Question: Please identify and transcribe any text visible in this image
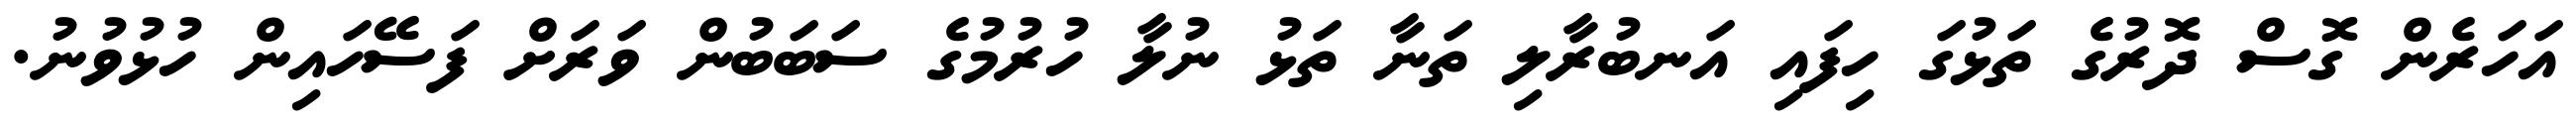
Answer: އަހަރެން ގޮސް ދޮރުގެ ތަޅުގަ ހިފައި އަނބުރާލި ތަނާ ތަޅު ނުލާ ހުރުމުގެ ސަބަބުން ވަރަށް ފަސޭހައިން ހުޅުވުނު.